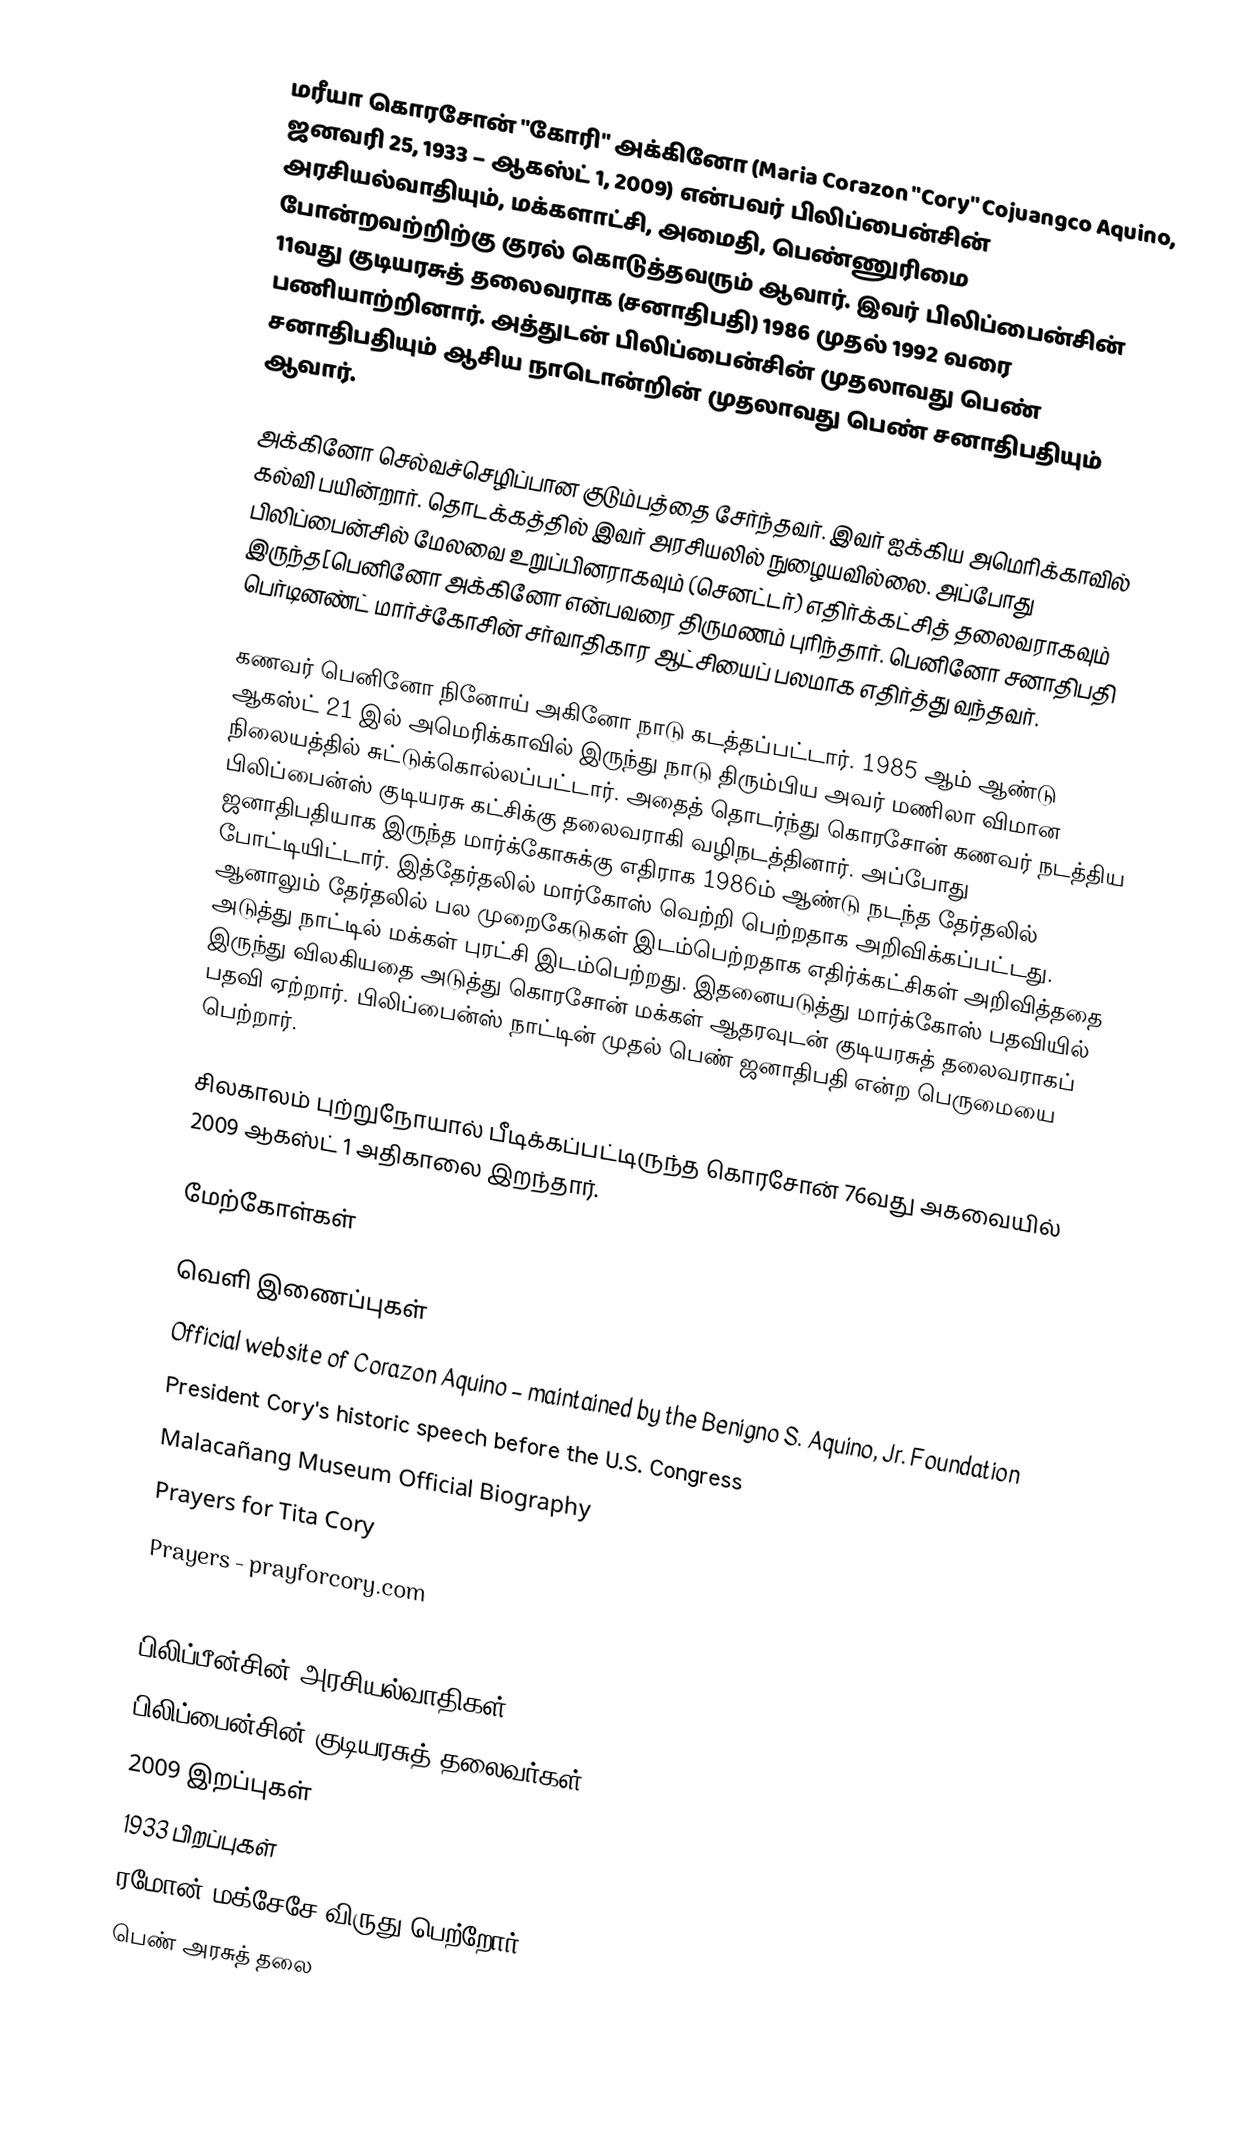
மரீயா கொரசோன் "கோரி" அக்கினோ (Maria Corazon "Cory" Cojuangco Aquino, ஜனவரி 25, 1933 – ஆகஸ்ட் 1, 2009) என்பவர் பிலிப்பைன்சின் அரசியல்வாதியும், மக்களாட்சி, அமைதி, பெண்ணுரிமை போன்றவற்றிற்கு குரல் கொடுத்தவரும் ஆவார். இவர் பிலிப்பைன்சின் 11வது குடியரசுத் தலைவராக (சனாதிபதி) 1986 முதல் 1992 வரை பணியாற்றினார். அத்துடன் பிலிப்பைன்சின் முதலாவது பெண் சனாதிபதியும் ஆசிய நாடொன்றின் முதலாவது பெண் சனாதிபதியும் ஆவார்.

அக்கினோ செல்வச்செழிப்பான குடும்பத்தை சேர்ந்தவர். இவர் ஐக்கிய அமெரிக்காவில் கல்வி பயின்றார். தொடக்கத்தில் இவர் அரசியலில் நுழையவில்லை. அப்போது பிலிப்பைன்சில் மேலவை உறுப்பினராகவும் (செனட்டர்) எதிர்க்கட்சித் தலைவராகவும் இருந்த[பெனினோ அக்கினோ என்பவரை திருமணம் புரிந்தார். பெனினோ சனாதிபதி பெர்டினண்ட் மார்ச்கோசின் சர்வாதிகார ஆட்சியைப் பலமாக எதிர்த்து வந்தவர்.

கணவர் பெனினோ நினோய் அகினோ நாடு கடத்தப்பட்டார். 1985 ஆம் ஆண்டு ஆகஸ்ட் 21 இல் அமெரிக்காவில் இருந்து நாடு திரும்பிய அவர் மணிலா விமான நிலையத்தில் சுட்டுக்கொல்லப்பட்டார். அதைத் தொடர்ந்து கொரசோன் கணவர் நடத்திய பிலிப்பைன்ஸ் குடியரசு கட்சிக்கு தலைவராகி வழிநடத்தினார். அப்போது ஜனாதிபதியாக இருந்த மார்க்கோசுக்கு எதிராக 1986ம் ஆண்டு நடந்த தேர்தலில் போட்டியிட்டார். இத்தேர்தலில் மார்கோஸ் வெற்றி பெற்றதாக அறிவிக்கப்பட்டது. ஆனாலும் தேர்தலில் பல முறைகேடுகள் இடம்பெற்றதாக எதிர்க்கட்சிகள் அறிவித்ததை அடுத்து நாட்டில் மக்கள் புரட்சி இடம்பெற்றது. இதனையடுத்து மார்க்கோஸ் பதவியில் இருந்து விலகியதை அடுத்து கொரசோன் மக்கள் ஆதரவுடன் குடியரசுத் தலைவராகப் பதவி ஏற்றார். பிலிப்பைன்ஸ் நாட்டின் முதல் பெண் ஜனாதிபதி என்ற பெருமையை பெற்றார்.

சிலகாலம் புற்றுநோயால் பீடிக்கப்பட்டிருந்த கொரசோன் 76வது அகவையில் 2009 ஆகஸ்ட் 1 அதிகாலை இறந்தார்.

மேற்கோள்கள்

வெளி இணைப்புகள்
 Official website of Corazon Aquino – maintained by the Benigno S. Aquino, Jr. Foundation
 President Cory's historic speech before the U.S. Congress
 Malacañang Museum Official Biography
 Prayers for Tita Cory
 Prayers - prayforcory.com
 NYTimes obituary

பிலிப்பீன்சின் அரசியல்வாதிகள்
பிலிப்பைன்சின் குடியரசுத் தலைவர்கள்
2009 இறப்புகள்
1933 பிறப்புகள்
ரமோன் மக்சேசே விருது பெற்றோர்
பெண் அரசுத் தலை